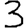
Digit: 3